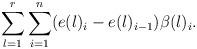
LaTeX: \begin{align*}\sum_{l=1}^r \sum_{i=1}^n (e(l)_i-e(l)_{i-1})\beta(l)_i. \end{align*}